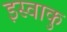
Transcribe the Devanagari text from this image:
इस्वाकु